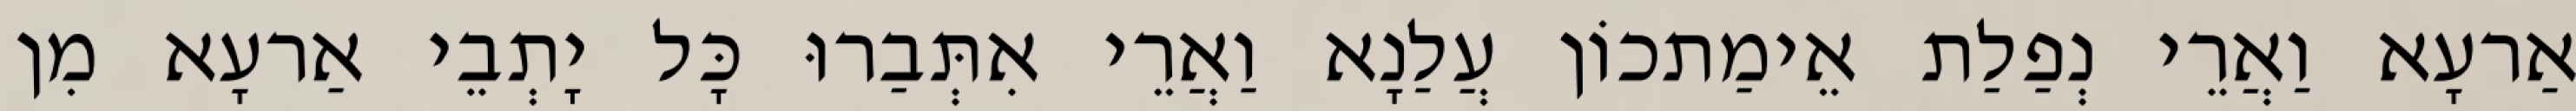
אַרעָא וַאֲרֵי נְפַלַת אֵימַתכוֹן עֲלַנָא וַאֲרֵי אִתְּבַרוּ כָּל יָתְבֵי אַרעָא מִן